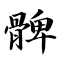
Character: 髀